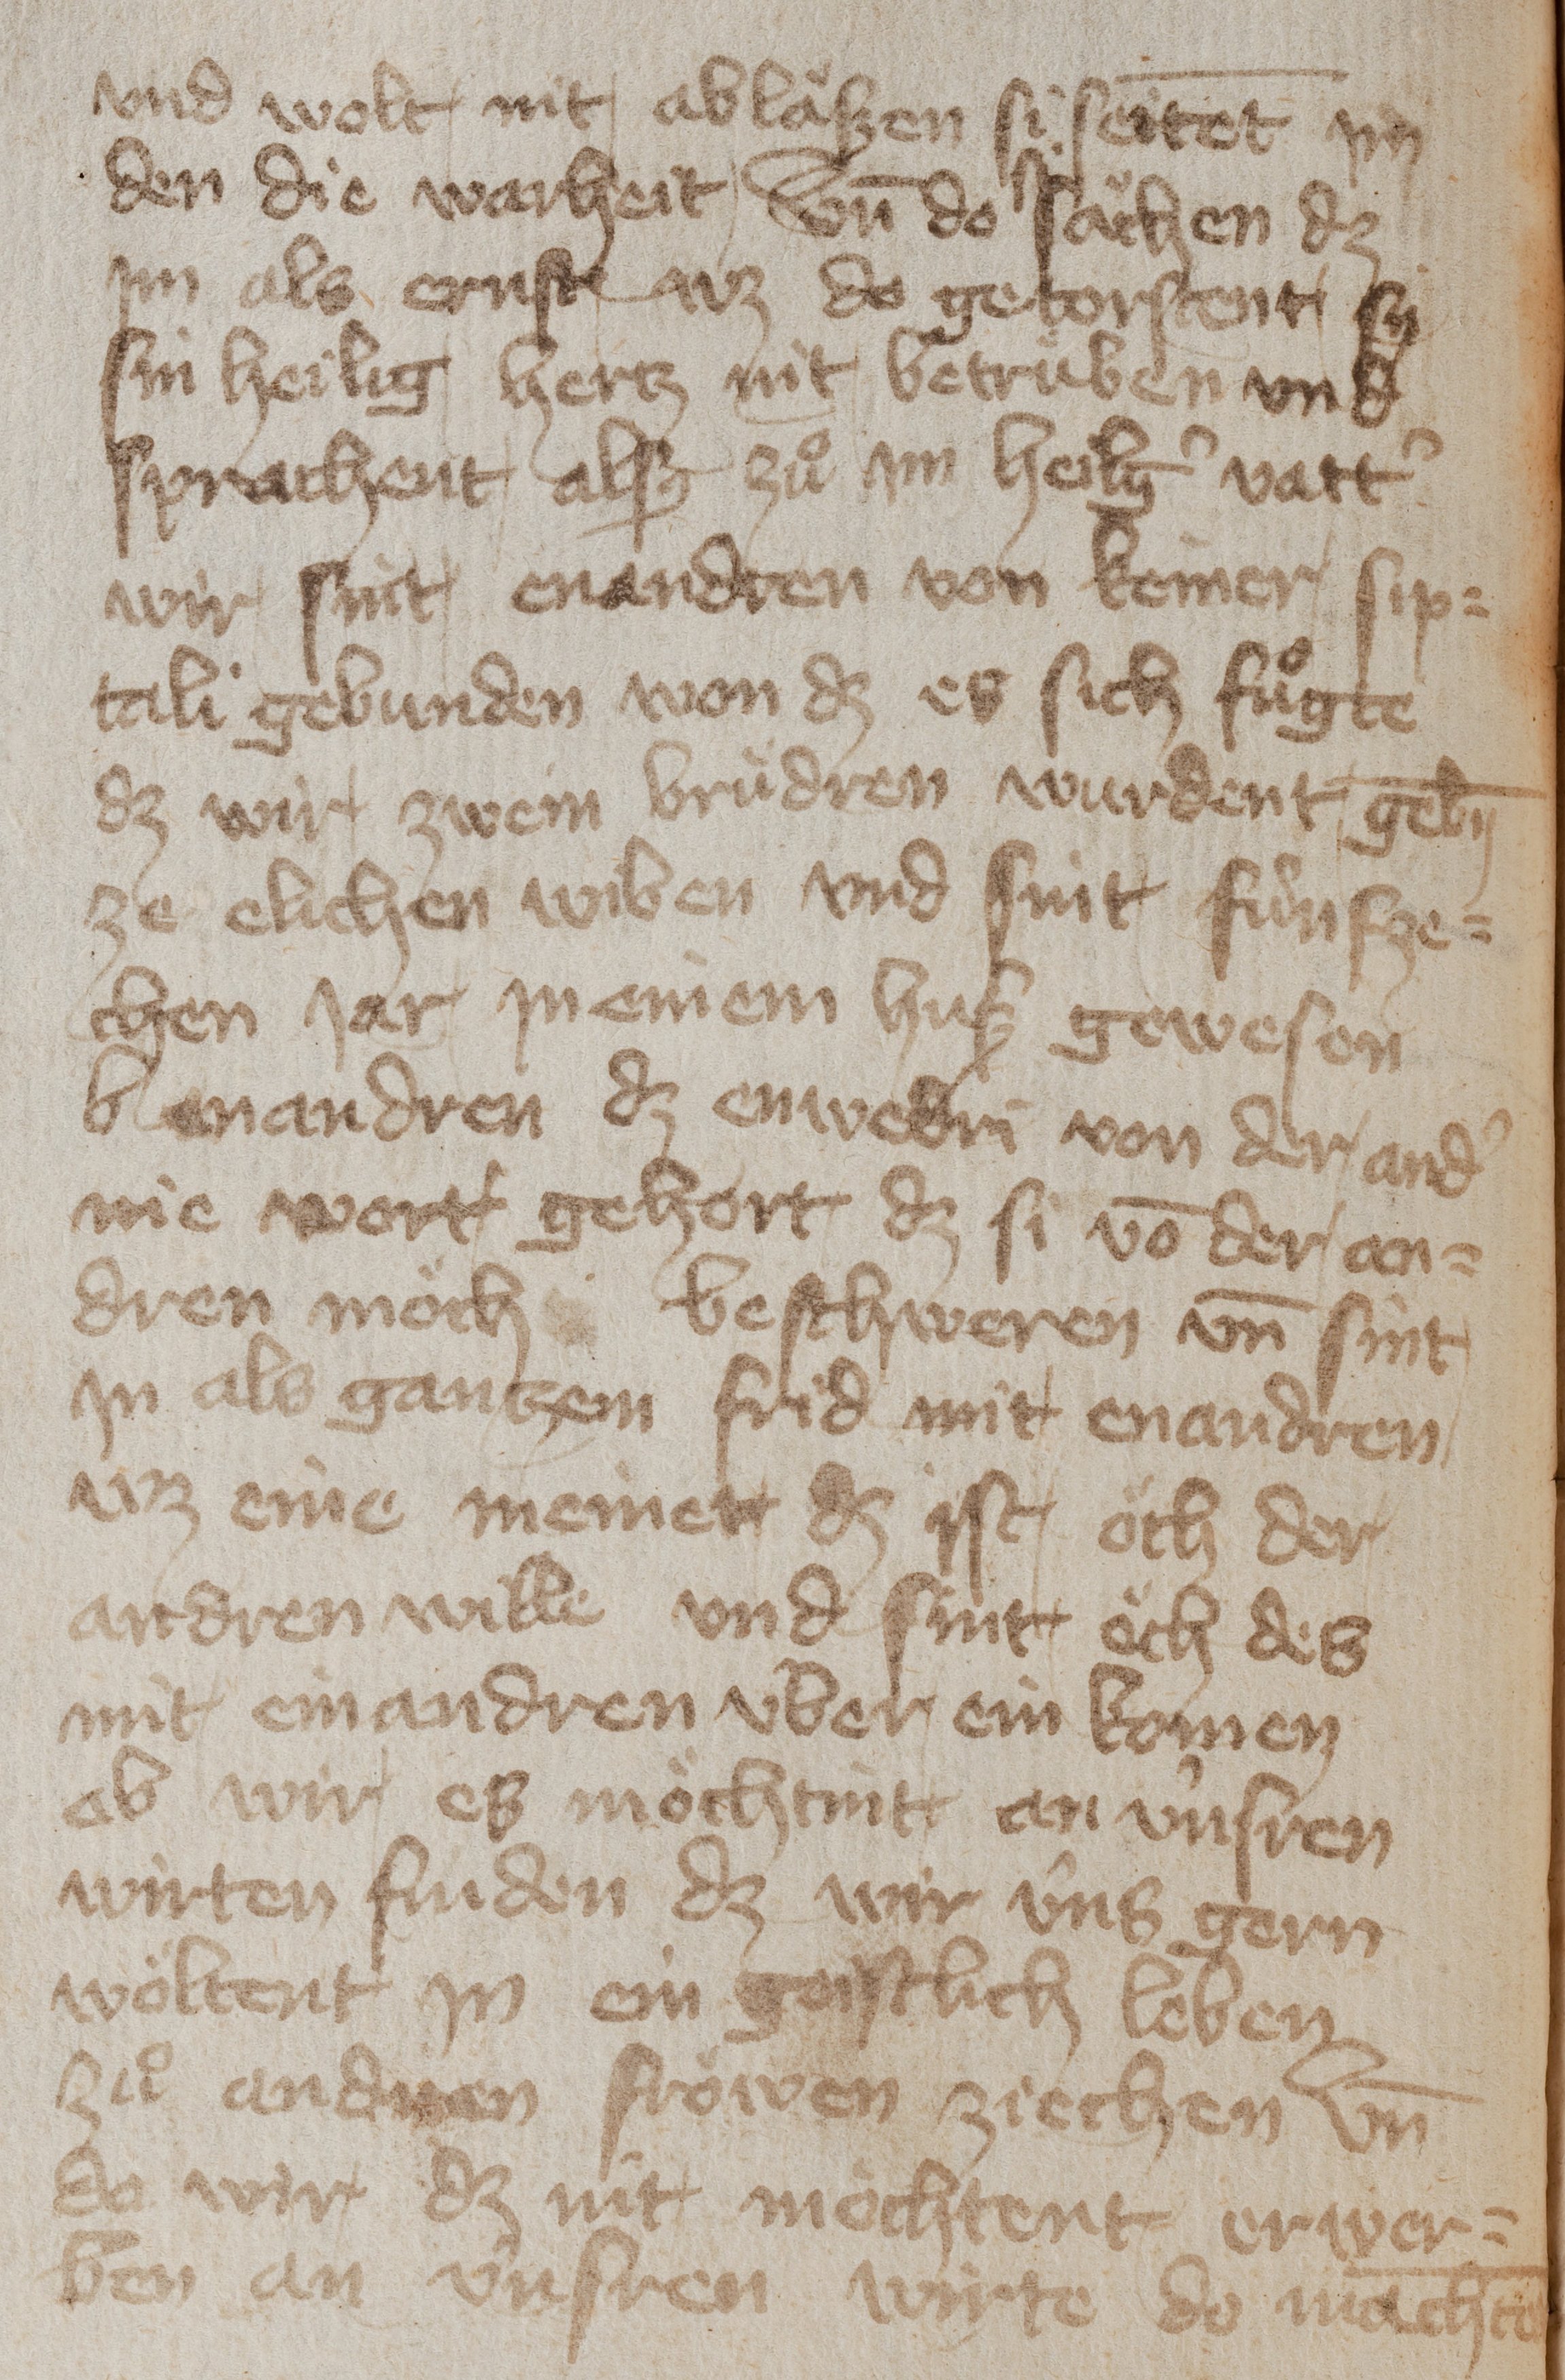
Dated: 1400–1449